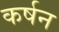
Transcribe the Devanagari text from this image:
कर्षन